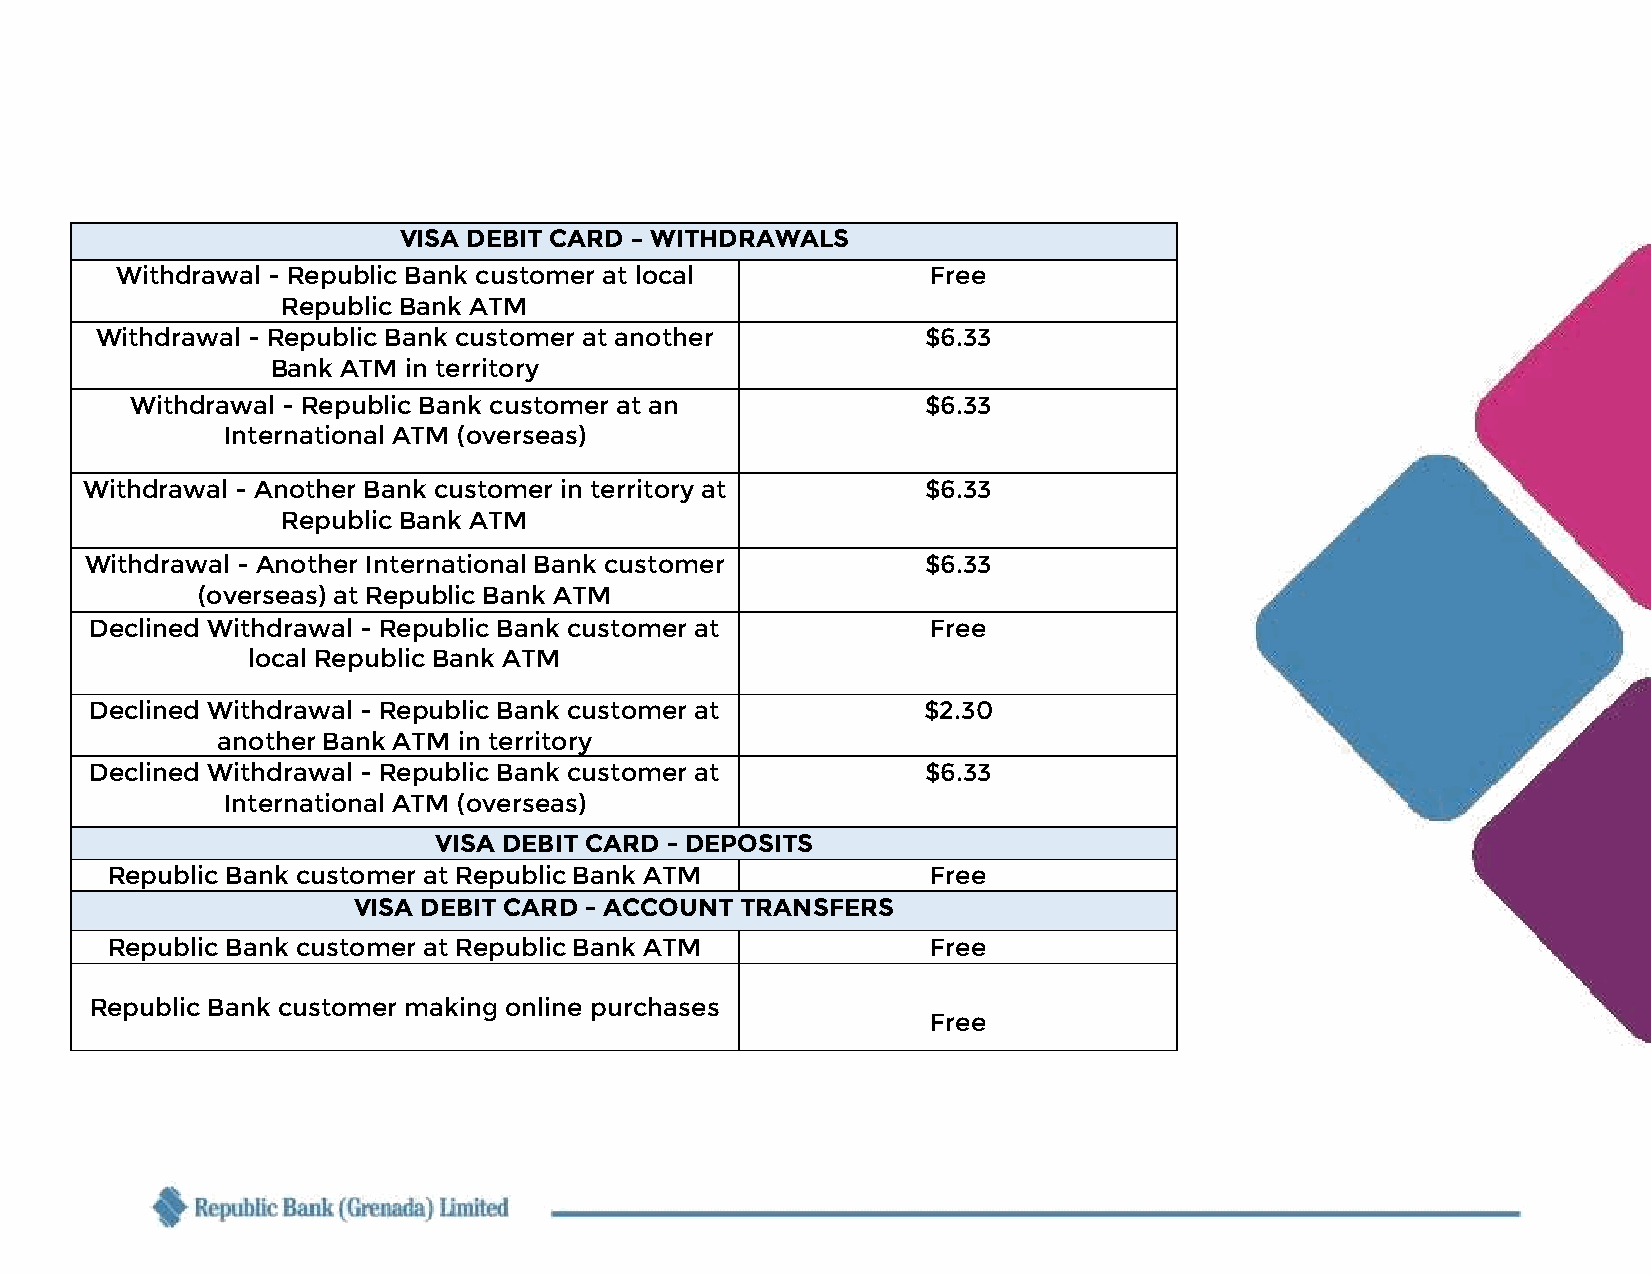
VISA DEBIT CARD – WITHDRAWALS
 Withdrawal - Republic Bank customer at local          Free
 Republic Bank ATM
 Withdrawal - Republic Bank customer at another         $6.33
 Bank ATM in territory
 Withdrawal - Republic Bank customer at an           $6.33
 International ATM (overseas)
 Withdrawal - Another Bank customer in territory at      $6.33
 Republic Bank ATM
 Withdrawal - Another International Bank customer       $6.33
 (overseas) at Republic Bank ATM
 Declined Withdrawal - Republic Bank customer at         Free
 local Republic Bank ATM
 Declined Withdrawal - Republic Bank customer at        $2.30
 another Bank ATM in territory
 Declined Withdrawal - Republic Bank customer at        $6.33
 International ATM (overseas)
 VISA DEBIT CARD - DEPOSITS
 Republic Bank customer at Republic Bank ATM            Free
 VISA DEBIT CARD - ACCOUNT TRANSFERS
 Republic Bank customer at Republic Bank ATM            Free
 Republic Bank customer making online purchases
 Fre e